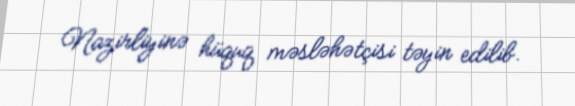
Nazirliyinə hüquq məsləhətçisi təyin edilib.